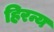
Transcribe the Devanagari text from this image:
हिरन्य